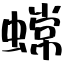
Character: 蟐